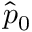
\hat { p } _ { 0 }